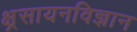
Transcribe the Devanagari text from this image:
क्ष्रसायनविज्ञान